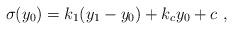
LaTeX: \begin{align*}\sigma (y_0) = k_1 ( y_1 -y_0 ) + k_c y_0 + c~,~\,\end{align*}